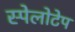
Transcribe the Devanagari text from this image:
स्पेलोटेप